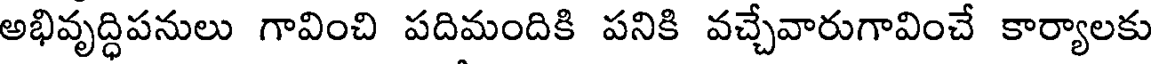
అభివృద్ధిపనులు గావించి పదిమందికి పనికి వచ్చేవారుగావించే కార్యాలకు